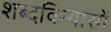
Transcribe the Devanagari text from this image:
शब्दविन्यासों